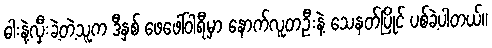
ဓါးနဲ့လှီးခဲ့တဲ့သူက ဒီနှစ် ဖေဖေါ်ဝါရီမှာ နောက်လူတဦးနဲ့ သေနတ်ပြိုင် ပစ်ခဲ့ပါတယ်။